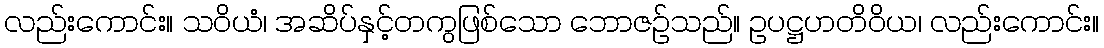
လည်းကောင်း။ သဝိယံ၊ အဆိပ်နှင့်တကွဖြစ်သော ဘောဇဉ်သည်။ ဥပဋ္ဌဟတိဝိယ၊ လည်းကောင်း။